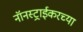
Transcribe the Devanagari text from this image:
नॉनस्ट्राईकरच्या